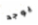
يوجد